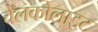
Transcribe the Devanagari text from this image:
चेलकोलाइट